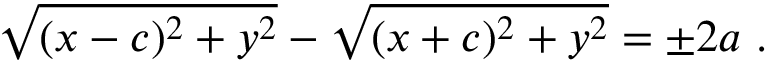
{ \sqrt { ( x - c ) ^ { 2 } + y ^ { 2 } } } - { \sqrt { ( x + c ) ^ { 2 } + y ^ { 2 } } } = \pm 2 a \ .